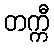
တက္ကီ